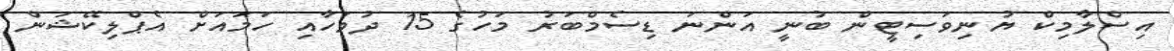
އިސްލާމިކް ޔުނިވަސިޓީން ބުނީ އަންނަ ޑިސެމްބަރު މަހުގެ 15 ދުވަހާއި ހަމައަށް އެޕްލިކޭޝަން